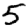
Digit: 5